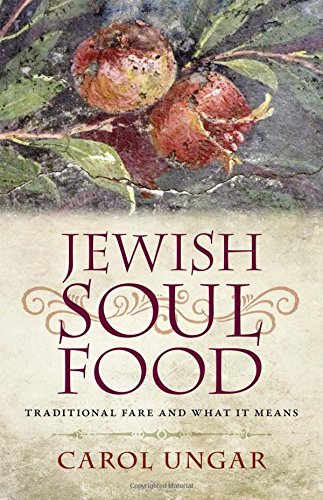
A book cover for Jewish Soul Food: Traditional Fare and What It Means; Carol Ungar; Cookbooks, Food & Wine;